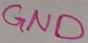
Text: GND